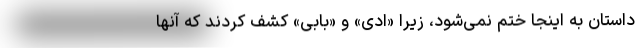
داستان به اینجا ختم نمی‌شود، زیرا «ادی» و «بابی» کشف کردند که آنها